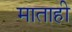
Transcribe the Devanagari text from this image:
माताही